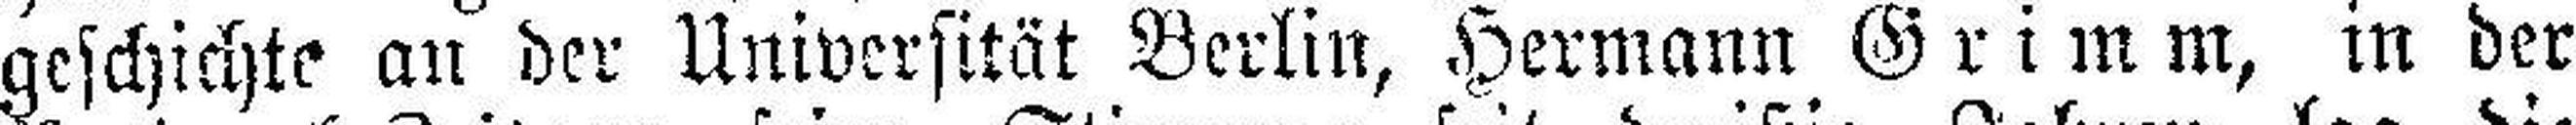
geschichte an der Universität Berlin, Hermann Grimm, in der